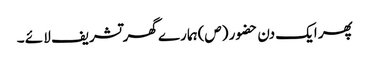
پھر ایک دن حضو ر (ص)ہما رے گھر تشریف لا ئے ۔